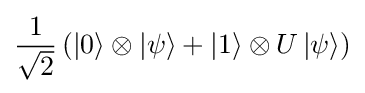
{\frac {1}{\sqrt {2}}}\left(\left|0\right\rangle \otimes \left|\psi \right\rangle +\left|1\right\rangle \otimes U\left|\psi \right\rangle \right)